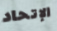
الإتحاد